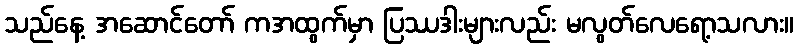
သည်နေ့ အဆောင်တော် ကအထွက်မှာ ပြဿဒါးများလည်း မလွတ်လေရော့သလား။